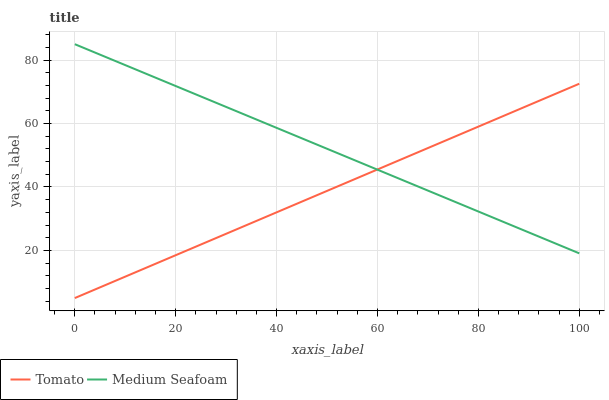
| xaxis_label | Tomato | Medium Seafoam |
 | --- | --- | --- |
 | 0 | 5 | 85 |
 | 7.69 | 10.2 | 79.9 |
 | 15.4 | 15.4 | 74.9 |
 | 23.1 | 20.6 | 69.8 |
 | 30.8 | 25.8 | 64.7 |
 | 38.5 | 31 | 59.7 |
 | 46.2 | 36.2 | 54.6 |
 | 53.8 | 41.4 | 49.5 |
 | 61.5 | 46.6 | 44.4 |
 | 69.2 | 51.8 | 39.4 |
 | 76.9 | 57 | 34.3 |
 | 84.6 | 62.1 | 29.2 |
 | 92.3 | 67.3 | 24.2 |
 | 100 | 72.5 | 19.1 |